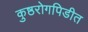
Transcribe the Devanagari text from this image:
कुष्ठरोगपिडीत